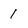
Character: 1